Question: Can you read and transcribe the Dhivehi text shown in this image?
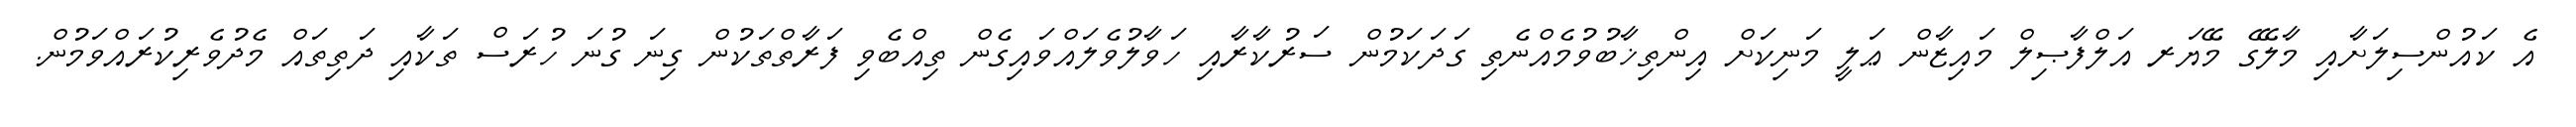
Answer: އެ ކައުންސިލަށާއި މާލޭގެ މޭޔަރ އަލްފާޞިލް މައިޒާން ޢަލީ މަނިކަށް އިންތިޚާބުވުމެއްނެތި ގަދަކަމުން ސަރުކާރާއި ހަވާލުވެލައްވައިގެން ތިއްބެވި ފަރާތްތަކުން ގިނަ ގުނަ ހުރަސް ތަކާއި ދަތިތައް މެދުވެރިކުރައްވަމުން.